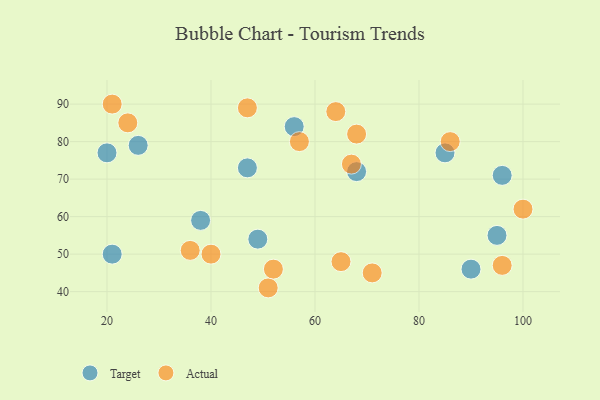
{"axis": {"x": "GDP", "y": "Life Expectancy"}, "legend": ["Actual", "Target"], "data": [{"x": "85", "y": 77, "type": "Target"}, {"x": "68", "y": 72, "type": "Target"}, {"x": "95", "y": 55, "type": "Target"}, {"x": "49", "y": 54, "type": "Target"}, {"x": "90", "y": 46, "type": "Target"}, {"x": "47", "y": 73, "type": "Target"}, {"x": "38", "y": 59, "type": "Target"}, {"x": "56", "y": 84, "type": "Target"}, {"x": "26", "y": 79, "type": "Target"}, {"x": "20", "y": 77, "type": "Target"}, {"x": "21", "y": 50, "type": "Target"}, {"x": "96", "y": 71, "type": "Target"}, {"x": "100", "y": 62, "type": "Actual"}, {"x": "24", "y": 85, "type": "Actual"}, {"x": "96", "y": 47, "type": "Actual"}, {"x": "36", "y": 51, "type": "Actual"}, {"x": "57", "y": 80, "type": "Actual"}, {"x": "65", "y": 48, "type": "Actual"}, {"x": "71", "y": 45, "type": "Actual"}, {"x": "67", "y": 74, "type": "Actual"}, {"x": "40", "y": 50, "type": "Actual"}, {"x": "47", "y": 89, "type": "Actual"}, {"x": "51", "y": 41, "type": "Actual"}, {"x": "86", "y": 80, "type": "Actual"}, {"x": "68", "y": 82, "type": "Actual"}, {"x": "21", "y": 90, "type": "Actual"}, {"x": "52", "y": 46, "type": "Actual"}, {"x": "64", "y": 88, "type": "Actual"}]}